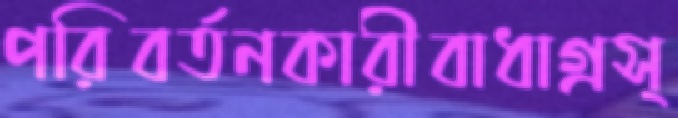
পরিবর্তনকারীবাধাগ্রস্